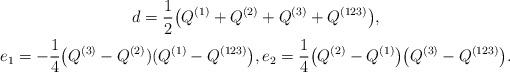
LaTeX: \begin{gather*} d=\frac12\big(Q^{(1)}+Q^{(2)}+Q^{(3)}+Q^{(123)}\big), \\e_{1}=-\frac{1}4\big(Q^{(3)}-Q^{(2)})(Q^{(1)}-Q^{(123)}\big), e_{2}=\frac{1}4\big(Q^{(2)}-Q^{(1)}\big)\big(Q^{(3)}-Q^{(123)}\big).\end{gather*}